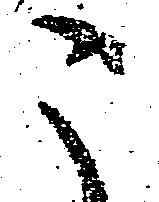
こ